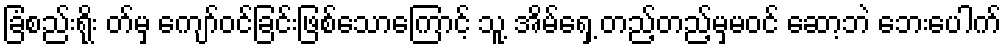
ခြံစည်းရိုး တ်မှ ကျော်ဝင်ခြင်းဖြစ်သောကြောင့် သူ့ အိမ်ရှေ့ တည့်တည့်မှမဝင် ဆော့ဘဲ ဘေးပေါက်